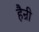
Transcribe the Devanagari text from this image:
हैन्री